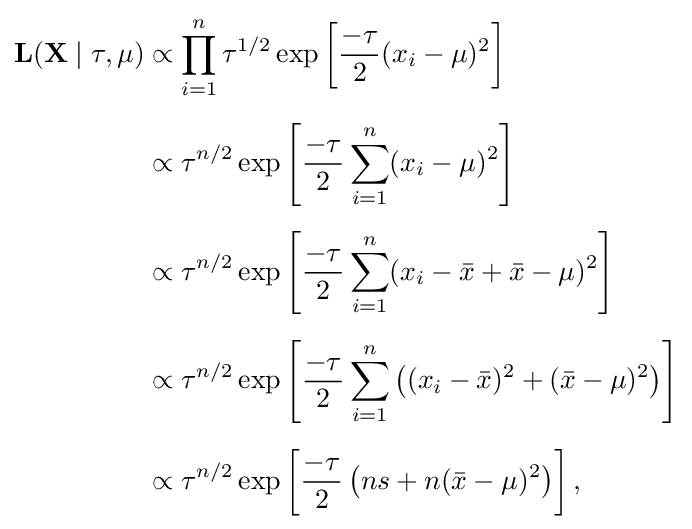
{\begin{aligned}\mathbf {L} (\mathbf {X} \mid \tau ,\mu )&\propto \prod _{i=1}^{n}\tau ^{1/2}\exp \left[{\frac {-\tau }{2}}(x_{i}-\mu )^{2}\right]\\[5pt]&\propto \tau ^{n/2}\exp \left[{\frac {-\tau }{2}}\sum _{i=1}^{n}(x_{i}-\mu )^{2}\right]\\[5pt]&\propto \tau ^{n/2}\exp \left[{\frac {-\tau }{2}}\sum _{i=1}^{n}(x_{i}-{\bar {x}}+{\bar {x}}-\mu )^{2}\right]\\[5pt]&\propto \tau ^{n/2}\exp \left[{\frac {-\tau }{2}}\sum _{i=1}^{n}\left((x_{i}-{\bar {x}})^{2}+({\bar {x}}-\mu )^{2}\right)\right]\\[5pt]&\propto \tau ^{n/2}\exp \left[{\frac {-\tau }{2}}\left(ns+n({\bar {x}}-\mu )^{2}\right)\right],\end{aligned}}